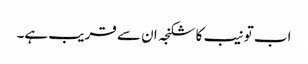
اب تو نیب کا شکنجہ ان سے قریب ہے۔